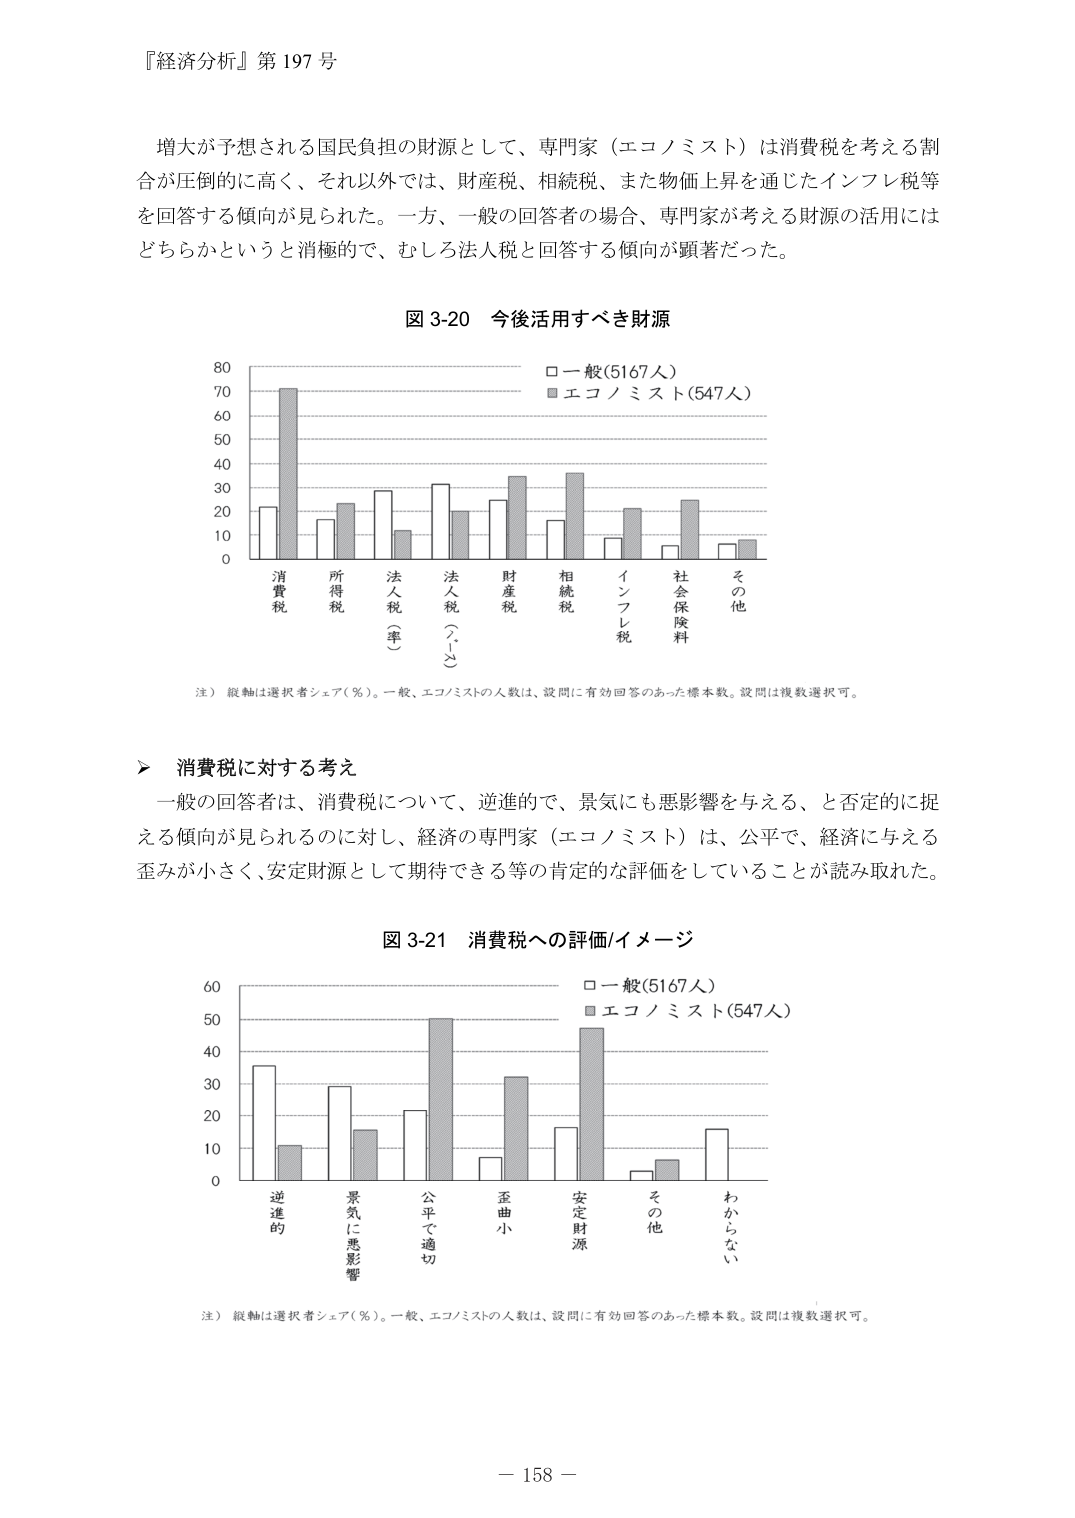
『経済分析』第197号

増大が予想される国民負担の財源として、専門家（エコノミスト）は消費税を考える割合が圧倒的に高く、それ以外では、財産税、相続税、また物価上昇を通じたインフレ税等を回答する傾向が見られた。一方、一般の回答者の場合、専門家が考える財源の活用にはどちらかというと消極的で、むしろ法人税と回答する傾向が顕著だった。

図3-20 今後活用すべき財源

□一般(5167人)
■エコノミスト(547人)

80
70
60
50
40
30
20
10
0

消費税 所得税 法人税（率） 法人税（額） 財産税 相続税 インフレ税 社会保険料 その他

注）縦軸は選択者シェア（％）。一般、エコノミストの人数は、設問に有効回答のあった標本数。設問は複数選択可。

▶ 消費税に対する考え

一般の回答者は、消費税について、逆進的で、景気にも悪影響を与える、と否定的に捉える傾向が見られるのに対し、経済の専門家（エコノミスト）は、公平で、経済に与える歪みが小さく、安定財源として期待できる等の肯定的な評価をしていることが読み取れた。

図3-21 消費税への評価/イメージ

□一般(5167人)
■エコノミスト(547人)

60
50
40
30
20
10
0

逆進的 景気に悪影響 公平で適切 歪曲小 安定財源 その他 わからない

注）縦軸は選択者シェア（％）。一般、エコノミストの人数は、設問に有効回答のあった標本数。設問は複数選択可。

－158－